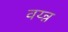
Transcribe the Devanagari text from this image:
वय्न्न